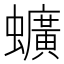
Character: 𫋧